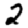
Digit: 2